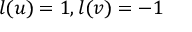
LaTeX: l ( u ) = 1 , l ( v ) = - 1